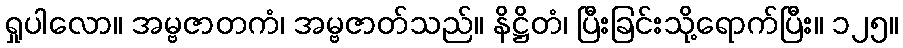
ရှုပါလော။ အမ္ဗဇာတကံ၊ အမ္ဗဇာတ်သည်။ နိဋ္ဌိတံ၊ ပြီးခြင်းသို့ရောက်ပြီး။ ၁၂၅။